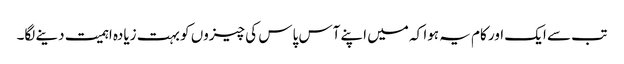
تب سے ایک اور کام یہ ہوا کہ میں اپنے آس پاس کی چیزوں کو بہت زیادہ اہمیت دینے لگا۔